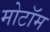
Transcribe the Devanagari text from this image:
मोटॉम